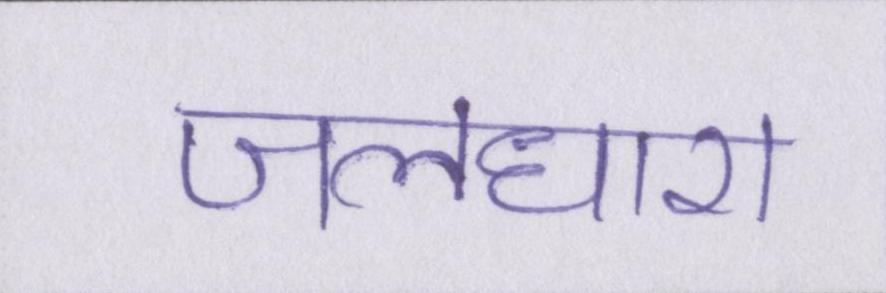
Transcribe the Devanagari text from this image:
जलधारा